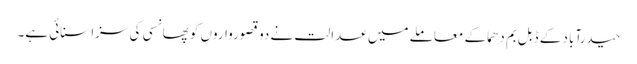
حیدرآباد کے ڈبل بم دھماکے معاملے میں عدالت نے دو قصورواروں کو پھانسی کی سزا سنائی ہے۔